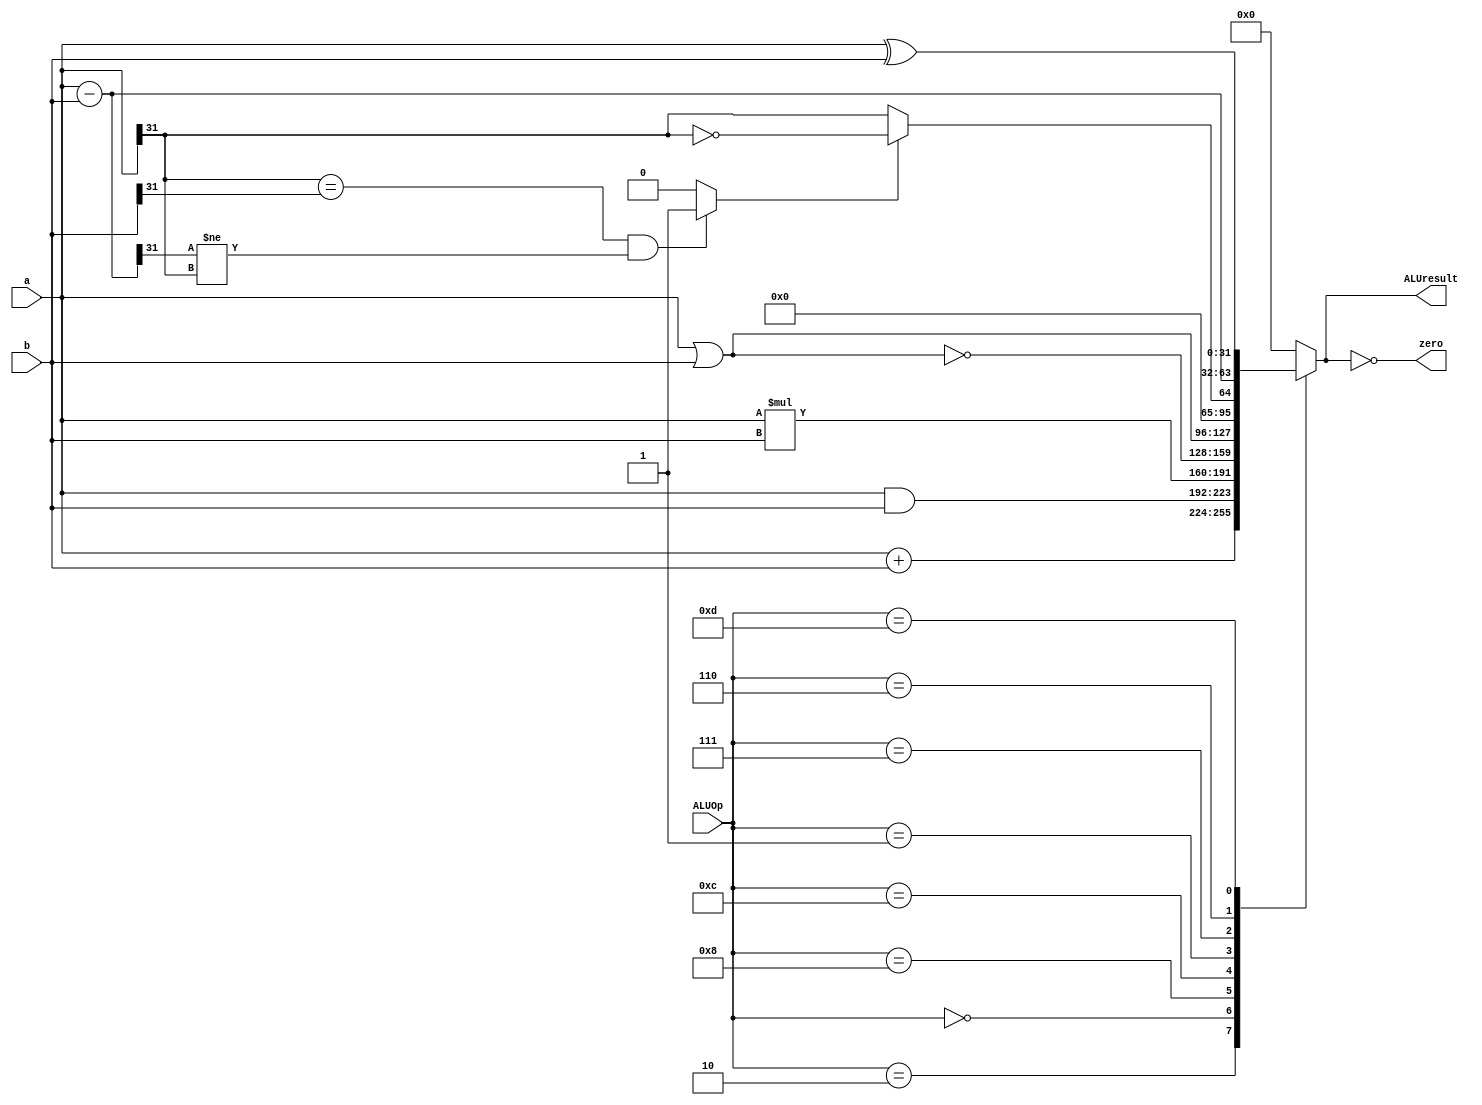
module ALU(
		input [3:0] ALUOp,
		input [31:0] a, b,
		output reg [31:0] ALUresult,
		output wire zero );

wire [31:0] sub_ab;
wire [31:0] add_ab;
wire [31:0] mult_ab;
wire oflow_add, oflow_sub, oflow, slt;
//reg slt;

assign zero = (ALUresult == 32'd0); // true or false
assign sub_ab = a - b;
assign add_ab = a + b;
assign mult_ab = a * b;

// overflow detection
assign oflow_add = (a[31] == b[31] && add_ab[31] != a[31]) ? 1 : 0; // overflow
assign oflow_sub = (a[31] == b[31] && sub_ab[31] != a[31]) ? 1 : 0; // overflow, If the latter is greater in absolute value, oflow_sub is 1.
assign oflow = (ALUOp == 4'b0010) ? oflow_add : oflow_sub;
assign slt = oflow_sub ? ~(a[31]) : a[31];

//always @(*)
//begin
//	if (a[31] == 1'b1 && b[31] == 1'b0) slt = 1;
//	else if (a[31] == 1'b0 && b[31] == 1'b1) slt = 0;
//	else if (a[31] == b[31] && sub_ab[31] == 1'b1) slt = 1;
//	else if (a[31] == b[31] && sub_ab[31] == 1'b0) slt = 0;
//end

always @(*)
begin
	case (ALUOp)
		4'b0010  : ALUresult = add_ab;		/* add */
		4'b0000  : ALUresult = a & b;			/* and */
		4'b1000  : ALUresult = mult_ab;		/* mult */
		4'b1100  : ALUresult = ~(a | b);		/* nor */
		4'b0001  : ALUresult = a | b;			/* or */
		4'b0111  : ALUresult = {31'd0, slt};		/* slt */
		4'b0110  : ALUresult = sub_ab;		/* sub */
		4'b1101  : ALUresult = a ^ b;			/* xor */
		default  : ALUresult = 0;
	endcase
end
endmodule